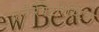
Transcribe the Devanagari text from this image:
हकैरेक्टरिस्टिक